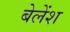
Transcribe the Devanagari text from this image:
बेलेंश